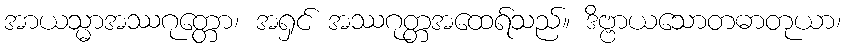
အာယသ္မာအဿဂုတ္တော၊ အရှင် အဿဂုတ္တအထေရ်သည်။ ဒိဗ္ဗာယသောတဓာတုယာ၊